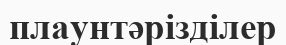
плаунтәрізділер